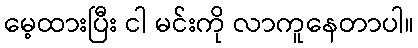
မေ့ထားပြီး ငါ မင်းကို လာကူနေတာပါ။